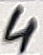
Text: 4